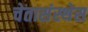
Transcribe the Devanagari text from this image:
चेतासंस्थेस